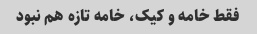
فقط خامه و کیک، خامه تازه هم نبود